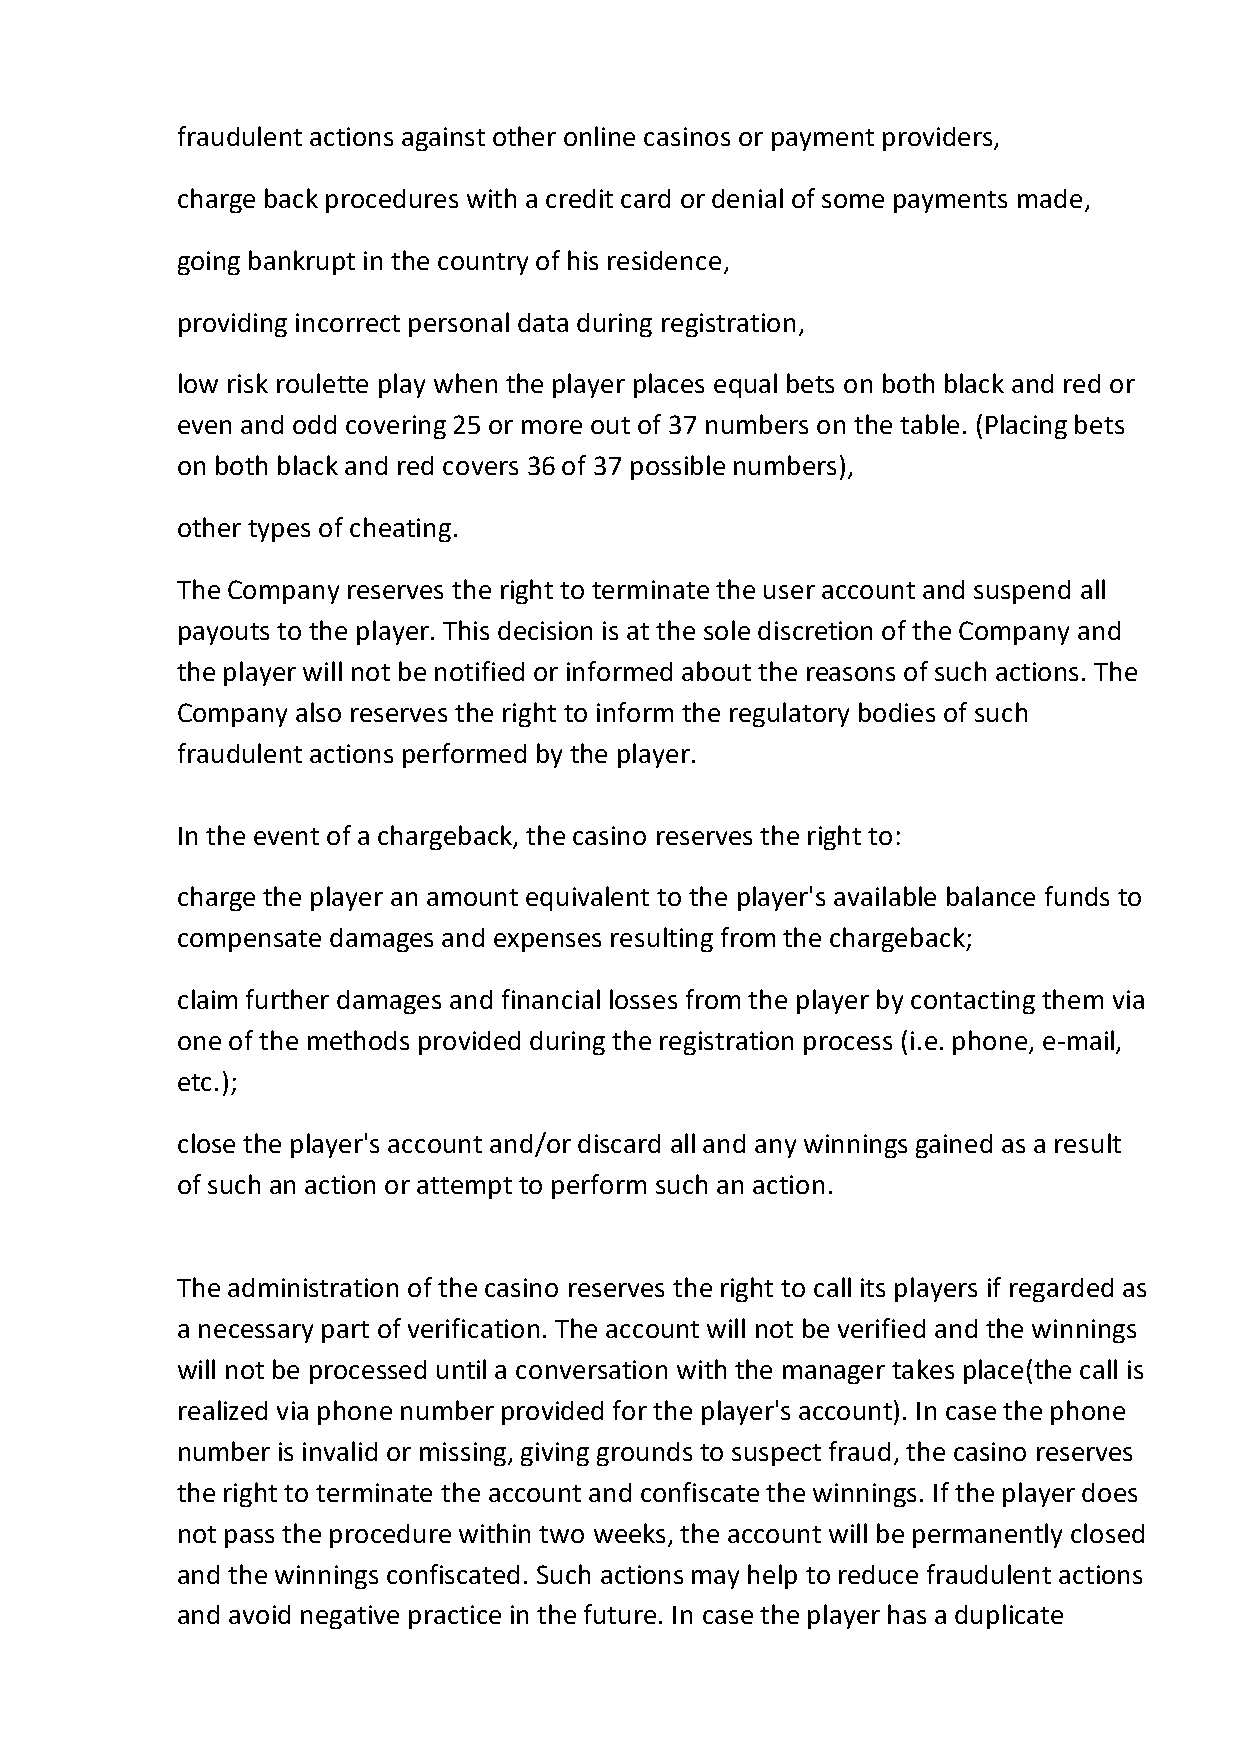
fraudulent actions against other online casinos or payment providers,
 charge back procedures with a credit card or denial of some payments made,
 going bankrupt in the country of his residence,
 providing incorrect personal data during registration,
 low risk roulette play when the player places equal bets on both black and red or
 even and odd covering 25 or more out of 37 numbers on the table. (Placing bets
 on both black and red covers 36 of 37 possible numbers),
 other types of cheating.
 The Company reserves the right to terminate the user account and suspend all
 payouts to the player. This decision is at the sole discretion of the Company and
 the player will not be notified or informed about the reasons of such actions. The
 Company also reserves the right to inform the regulatory bodies of such
 fraudulent actions performed by the player.
 In the event of a chargeback, the casino reserves the right to:
 charge the player an amount equivalent to the player's available balance funds to
 compensate damages and expenses resulting from the chargeback;
 claim further damages and financial losses from the player by contacting them via
 one of the methods provided during the registration process (i.e. phone, e-mail,
 etc.);
 close the player's account and/or discard all and any winnings gained as a result
 of such an action or attempt to perform such an action.
 The administration of the casino reserves the right to call its players if regarded as
 a necessary part of verification. The account will not be verified and the winnings
 will not be processed until a conversation with the manager takes place(the call is
 realized via phone number provided for the player's account). In case the phone
 number is invalid or missing, giving grounds to suspect fraud, the casino reserves
 the right to terminate the account and confiscate the winnings. If the player does
 not pass the procedure within two weeks, the account will be permanently closed
 and the winnings confiscated. Such actions may help to reduce fraudulent actions
 and avoid negative practice in the future. In case the player has a duplicate